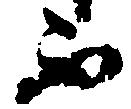
不